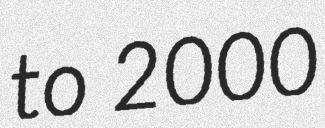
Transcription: to 2000